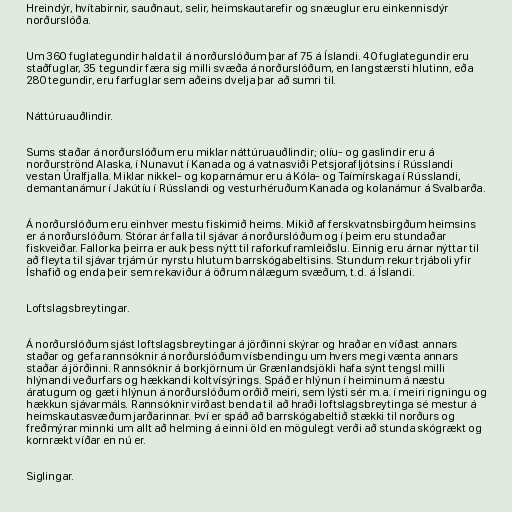
Hreindýr, hvítabirnir, sauðnaut, selir, heimskautarefir og snæuglur eru einkennisdýr
norðurslóða.

Um 360 fuglategundir halda til á norðurslóðum þar af 75 á Íslandi. 40 fuglategundir eru
staðfuglar, 35 tegundir færa sig milli svæða á norðurslóðum, en langstærsti hlutinn, eða
280 tegundir, eru farfuglar sem aðeins dvelja þar að sumri til.

Náttúruauðlindir.

Sums staðar á norðurslóðum eru miklar náttúruauðlindir; olíu- og gaslindir eru á
norðurströnd Alaska, í Nunavut í Kanada og á vatnasviði Petsjorafljótsins í Rússlandi
vestan Úralfjalla. Miklar nikkel- og koparnámur eru á Kóla- og Taímírskaga í Rússlandi,
demantanámur í Jakútíu í Rússlandi og vesturhéruðum Kanada og kolanámur á Svalbarða.

Á norðurslóðum eru einhver mestu fiskimið heims. Mikið af ferskvatnsbirgðum heimsins
er á norðurslóðum. Stórar ár falla til sjávar á norðurslóðum og í þeim eru stundaðar
fiskveiðar. Fallorka þeirra er auk þess nýtt til raforkuframleiðslu. Einnig eru árnar nýttar til
að fleyta til sjávar trjám úr nyrstu hlutum barrskógabeltisins. Stundum rekur trjáboli yfir
Íshafið og enda þeir sem rekaviður á öðrum nálægum svæðum, t.d. á Íslandi.

Loftslagsbreytingar.

Á norðurslóðum sjást loftslagsbreytingar á jörðinni skýrar og hraðar en víðast annars
staðar og gefa rannsóknir á norðurslóðum vísbendingu um hvers megi vænta annars
staðar á jörðinni. Rannsóknir á borkjörnum úr Grænlandsjökli hafa sýnt tengsl milli
hlýnandi veðurfars og hækkandi koltvísýrings. Spáð er hlýnun í heiminum á næstu
áratugum og gæti hlýnun á norðurslóðum orðið meiri, sem lýsti sér m.a. í meiri rigningu og
hækkun sjávarmáls. Rannsóknir virðast benda til að hraði loftslagsbreytinga sé mestur á
heimskautasvæðum jarðarinnar. Því er spáð að barrskógabeltið stækki til norðurs og
freðmýrar minnki um allt að helming á einni öld en mögulegt verði að stunda skógrækt og
kornrækt víðar en nú er.

Siglingar.